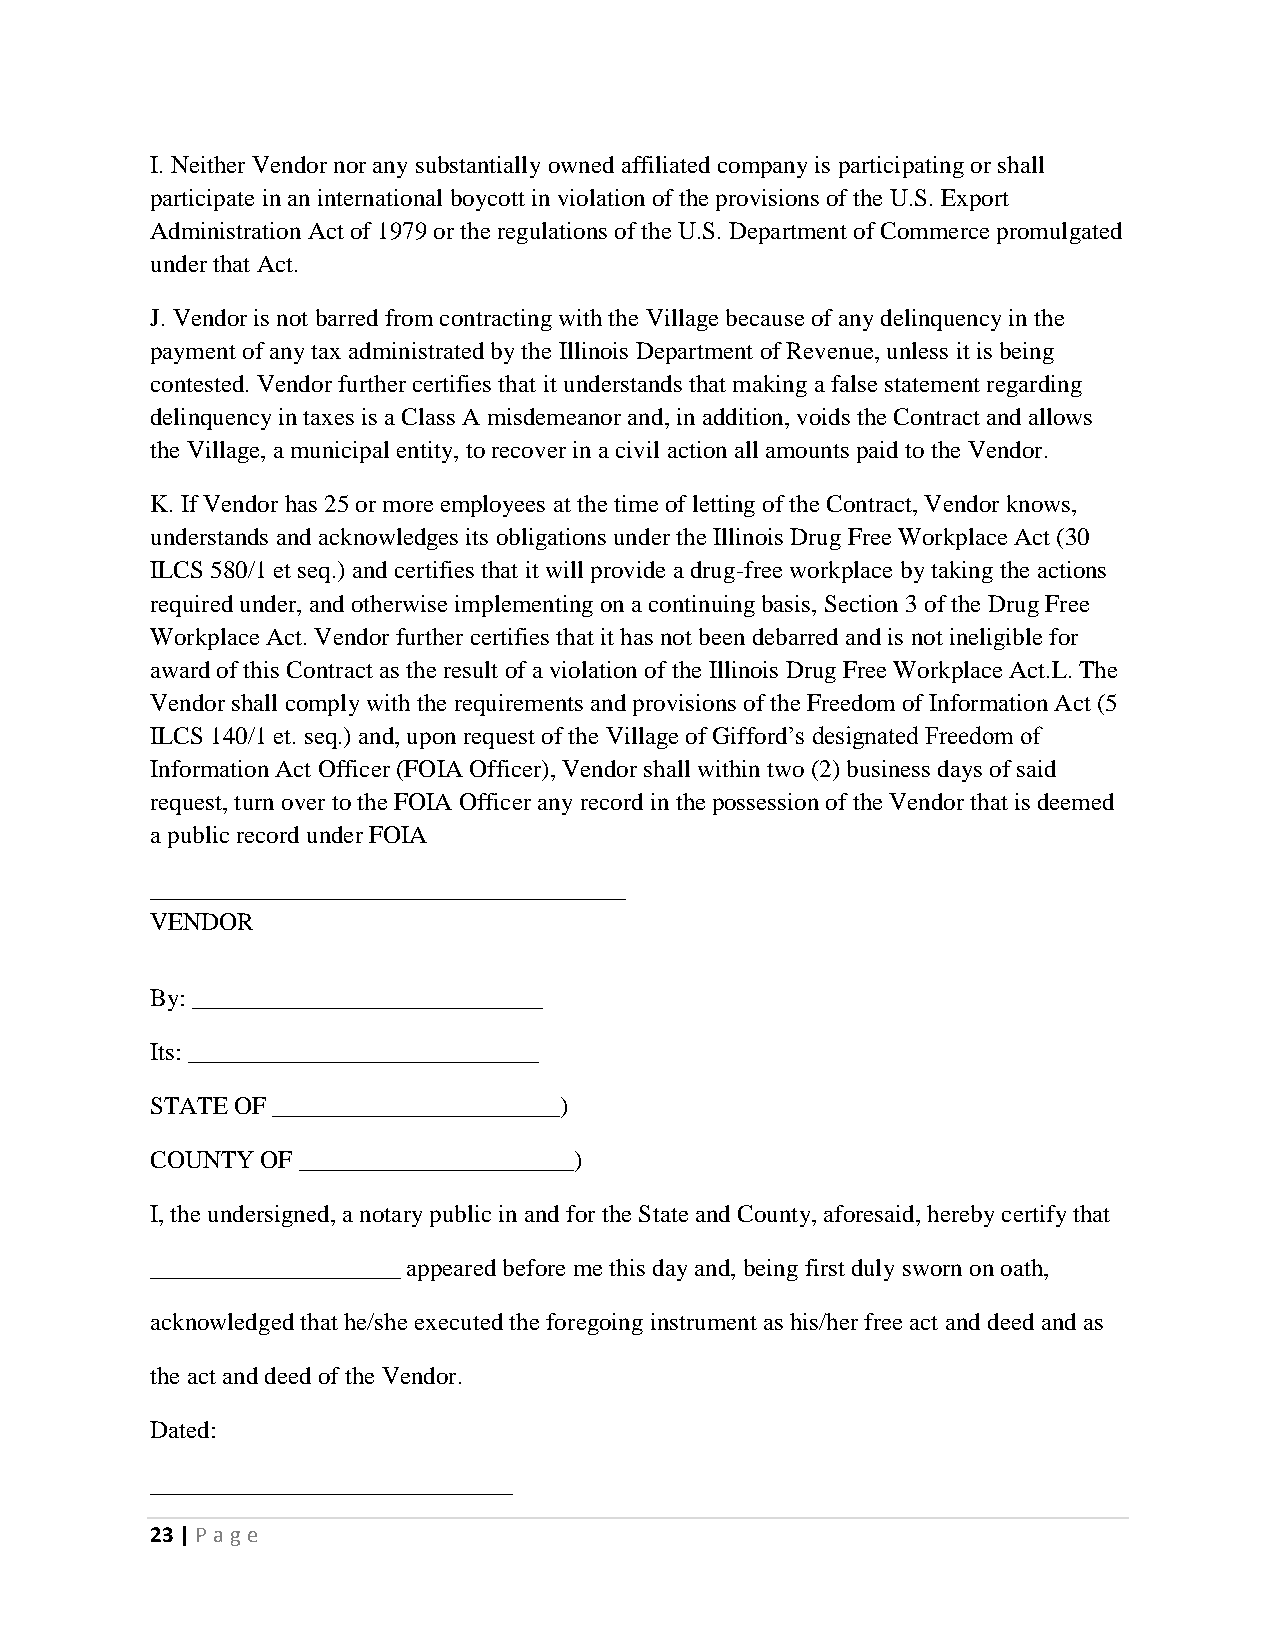
I. Neither Vendor nor any substantially owned affiliated company is participating or shall
 participate in an international boycott in violation of the provisions of the U.S. Export
 Administration Act of 1979 or the regulations of the U.S. Department of Commerce promulgated
 under that Act.
 J. Vendor is not barred from contracting with the Village because of any delinquency in the
 payment of any tax administrated by the Illinois Department of Revenue, unless it is being
 contested. Vendor further certifies that it understands that making a false statement regarding
 delinquency in taxes is a Class A misdemeanor and, in addition, voids the Contract and allows
 the Village, a municipal entity, to recover in a civil action all amounts paid to the Vendor.
 K. If Vendor has 25 or more employees at the time of letting of the Contract, Vendor knows,
 understands and acknowledges its obligations under the Illinois Drug Free Workplace Act (30
 ILCS 580/1 et seq.) and certifies that it will provide a drug-free workplace by taking the actions
 required under, and otherwise implementing on a continuing basis, Section 3 of the Drug Free
 Workplace Act. Vendor further certifies that it has not been debarred and is not ineligible for
 award of this Contract as the result of a violation of the Illinois Drug Free Workplace Act.L. The
 Vendor shall comply with the requirements and provisions of the Freedom of Information Act (5
 ILCS 140/1 et. seq.) and, upon request of the Village of Gifford’s designated Freedom of
 Information Act Officer (FOIA Officer), Vendor shall within two (2) business days of said
 request, turn over to the FOIA Officer any record in the possession of the Vendor that is deemed
 a public record under FOIA
 ______________________________________
 VENDOR
 By: ____________________________
 Its: ____________________________
 STATE OF _______________________)
 COUNTY OF ______________________)
 I, the undersigned, a notary public in and for the State and County, aforesaid, hereby certify that
 ____________________ appeared before me this day and, being first duly sworn on oath,
 acknowledged that he/she executed the foregoing instrument as his/her free act and deed and as
 the act and deed of the Vendor.
 Dated:
 _____________________________
 23 | P age